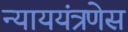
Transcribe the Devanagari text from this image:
न्याययंत्रणेस